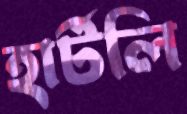
হার্টলি